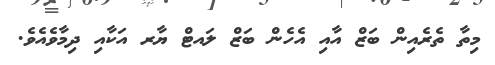
މިތާ ތެރެއިން ބަޒް އާއި އެހެން ބަޒް ލައޓް ޔާރ އަކާއި ދިމާވެއެވެ.